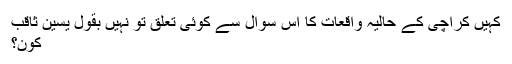
کہیں کراچی کے حالیہ واقعات کا اس سوال سے کوئی تعلق تو نہیں بقول یٰسین ثاقب
کون؟